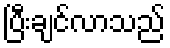
ပြီးချင်လာသည်